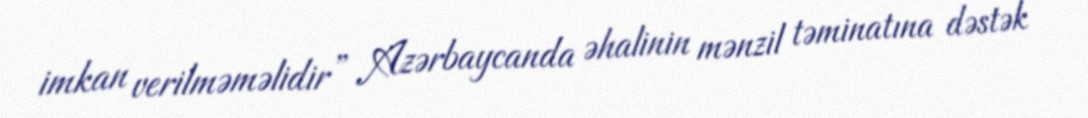
imkan verilməməlidir” Azərbaycanda əhalinin mənzil təminatına dəstək